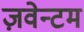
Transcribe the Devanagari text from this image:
ज़वेन्टम